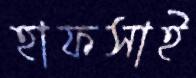
হাফসাই